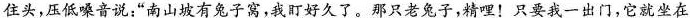
住头，压低嗓音说；”南山坡有兔子窝，我盯好久了。那只老兔子，精哩！只要我一出门，它就坐在